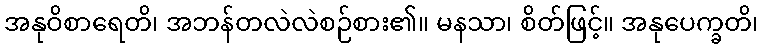
အနုဝိစာရေတိ၊ အဘန်တလဲလဲစဉ်စား၏။ မနသာ၊ စိတ်ဖြင့်။ အနုပေက္ခတိ၊